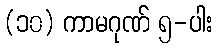
(၁၀) ကာမဂုဏ် ၅-ပါး